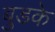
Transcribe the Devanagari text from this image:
बुडके